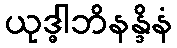
ယုဒ္ဓါဘိနန္ဒိနံ